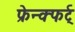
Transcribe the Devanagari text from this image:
फ्रेन्क्फर्ट्